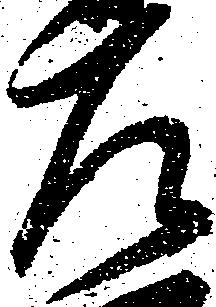
左